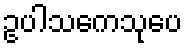
ဥပါသကေသုပေ